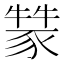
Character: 𤛚